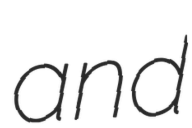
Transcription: and